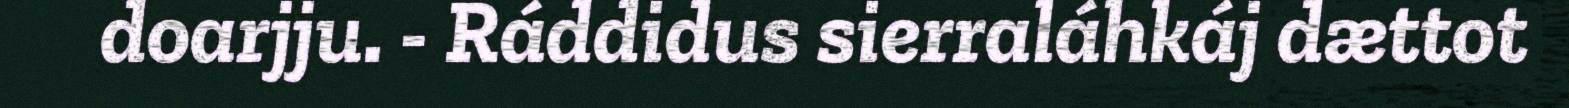
doarjju. - Ráddidus sierraláhkáj dættot